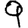
Digit: 9